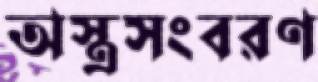
অস্ত্রসংবরণ